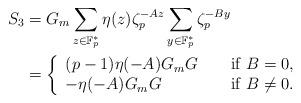
LaTeX: \begin{align*}S_3 & = G_m \sum_{z\in \mathbb{F}_p^*}\eta(z)\zeta_p^{-Az}\sum_{y\in \mathbb{F}_p^*}\zeta_p^{ -By} \\&= \left\{\begin{array}{lll}(p-1) \eta (-A) G_m G & &\textup{ if } B=0,\\-\eta (-A) G_m G & &\textup{ if } B \neq 0 .\end{array} \right.\end{align*}